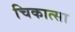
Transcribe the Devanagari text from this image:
चिकात्सा